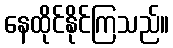
နေထိုင်နိုင်ကြသည်။